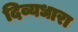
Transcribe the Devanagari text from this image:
दिव्यधारा